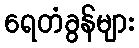
ရေတံခွန်များ